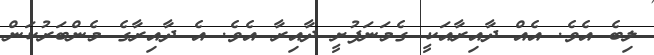
ލިބެ އެވެ. އެއް ދާއިރާއަކީ ގެމަނަފުށީ ދާއިރާ އެވެ. އެ ދާއިރާގެ މެންބަރުކަން